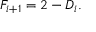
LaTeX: F _ { i + 1 } = 2 - D _ { i } .